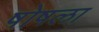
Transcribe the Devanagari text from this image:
षोषला